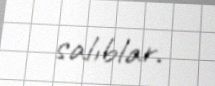
salıblar.